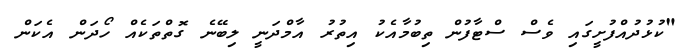
"ކުޅުދުއްފުށީގައި ވެސް ސްޓާފުން ތިބުމާއެކު އިތުރު އާމްދަނީ ލިބޭނެ ގޮތްތަކެއް ހޯދަން އެކަން